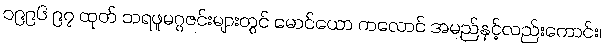
၁၉၉၆ ၉၇ ထုတ် သရဖူမဂ္ဂဇင်းများတွင် မောင်ယော ကလောင် အမည်နှင့်လည်းကောင်း၊